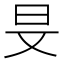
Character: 𣅐